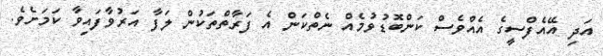
އަދި އޭއެފްސީގެ އެއްވެސް ކަންބޮޑުވުމެއް ނެތްކަން އެ ފަރާތްތަކުން ލަފާ އަރުވާފައިވާ ކަމަށެވެ.